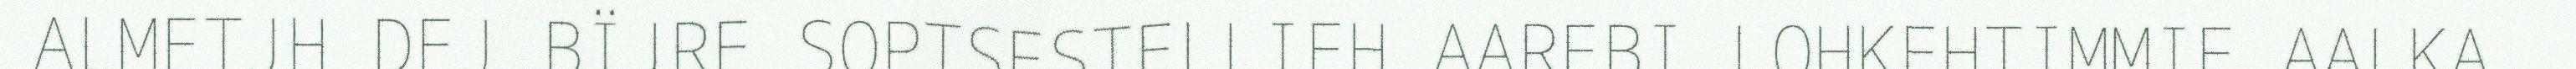
ALMETJH DEJ BÏJRE SOPTSESTELLIEH AAREBI LOHKEHTIMMIE AALKA.